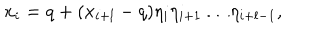
x _ { i } = q + ( x _ { i + l } - q ) \eta _ { i } \eta _ { i + 1 } \dots \eta _ { i + l - 1 } ,